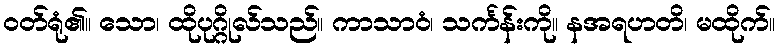
ဝတ်ရုံ၏။ သော၊ ထိုပုဂ္ဂိုလ်သည်။ ကာသာဝံ၊ သင်္ကန်းကို။ နအရဟတိ၊ မထိုက်။